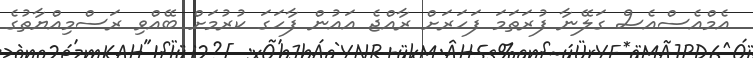
އެމްއެސްއެސް ގަލޭނާ ފުރަތަމަ ފަހަރަށް ރާއްޖެ އައުން ފާހަގަ ކުރުމަށް ބޭއްވި ރަސްމިއްޔާތުގެ